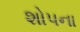
શોપના